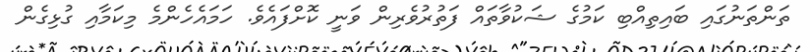
ތަންތަނުގައި ބައިތިއްބި ކަމުގެ ޝަކުވާތައް ފަތުރުވެރިން ވަނީ ކޮށްފައެވެ. ހަމައެހެންމެ މިކަމާއި ގުޅިގެން